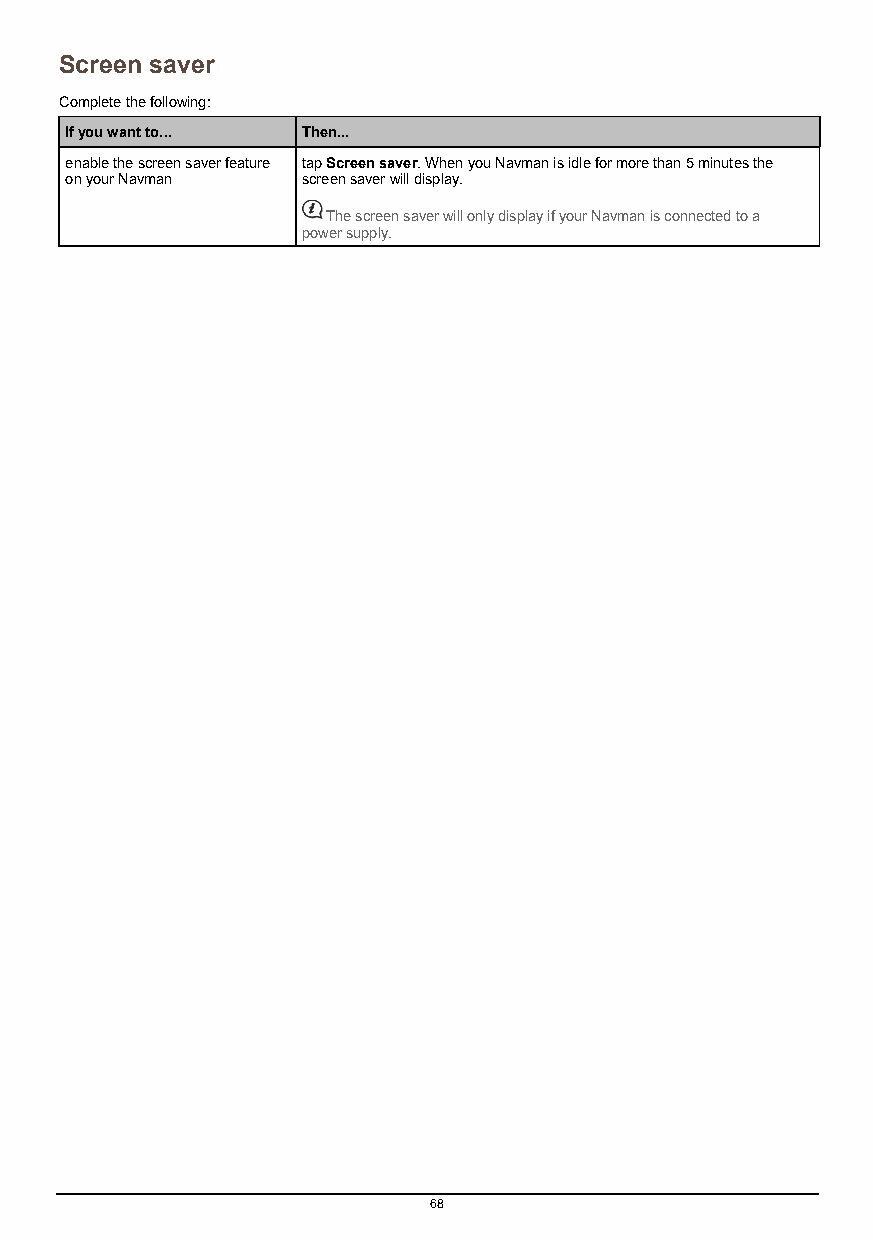
Screen saver
 Complete the following:
 If you want to... Then...
 enable the screen saver feature tap Screen saver. When you Navman is idle for more than 5 minutes the
 on your Navman  screen saver will display.
 The screen saver will only display if your Navman is connected to a
 power supply.
 68